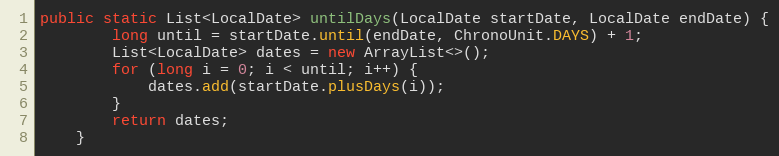
Language: Java
public static List<LocalDate> untilDays(LocalDate startDate, LocalDate endDate) {
        long until = startDate.until(endDate, ChronoUnit.DAYS) + 1;
        List<LocalDate> dates = new ArrayList<>();
        for (long i = 0; i < until; i++) {
            dates.add(startDate.plusDays(i));
        }
        return dates;
    }